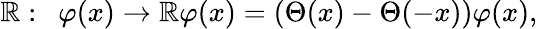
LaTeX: {\cal\mathbb{R}}:\ \ \varphi(x)\rightarrow{\cal\mathbb{R}}\varphi(x)=(\Theta(x)-\Theta(-x))\varphi(x),